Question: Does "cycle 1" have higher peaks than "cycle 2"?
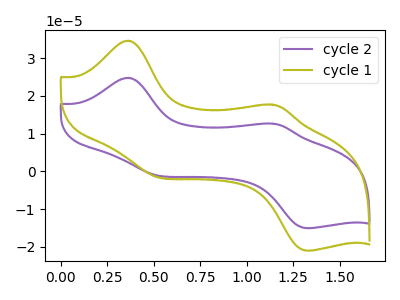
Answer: <think>The purple curve "cycle 2" has anodic peaks at (0.35V, 24.80uA) (1.15V, 12.70uA) and cathodic peaks at (0.50V, -0.90uA) (1.35V, -15.00uA). The olive curve "cycle 1" has anodic peaks at (0.35V, 34.65uA) (1.15V, 17.70uA) and cathodic peaks at (0.50V, -1.25uA) (1.35V, -20.90uA).</think>
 <answer>Every peak in "cycle 1" is higher than every peak in "cycle 2".</answer>
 <eval>higher</eval>